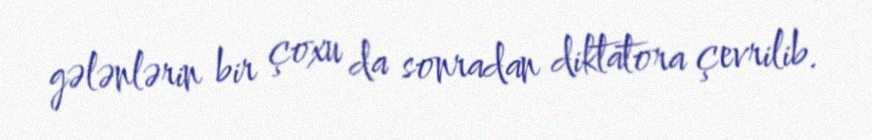
gələnlərin bir çoxu da sonradan diktatora çevrilib.